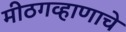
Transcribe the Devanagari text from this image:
मीठगव्हाणाचे